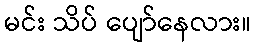
မင်း သိပ် ပျော်နေလား။